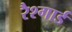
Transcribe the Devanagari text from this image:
रैश्गार्ड